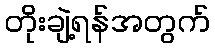
တိုးချဲ့ရန်အတွက်